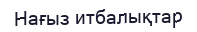
Нағыз итбалықтар